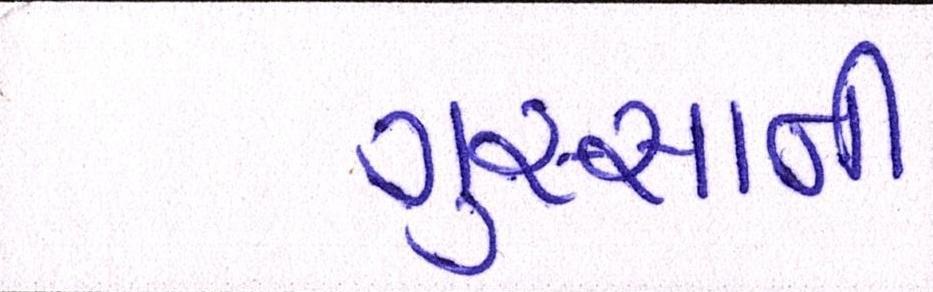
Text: ગુસ્સાની